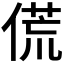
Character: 𬿁